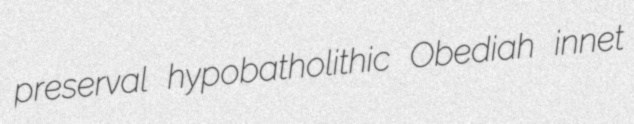
preserval hypobatholithic Obediah innet